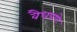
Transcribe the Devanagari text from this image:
वैधपणे